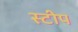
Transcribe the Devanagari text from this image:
स्टीप